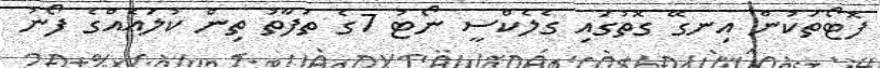
ފޮޓޯތަކުން އިނގޭ ގޮތުގައި ގެލެކްސީ ނޯޓު 7ގެ ތަފާތު ތިން ކުލައެއްގެ ފޯނު